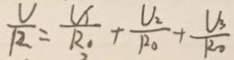
\frac { U } { R } = \frac { U _ { 1 } } { R _ { 1 } } + \frac { U _ { 2 } } { R _ { 0 } } + \frac { V _ { 3 } } { R _ { 0 } }